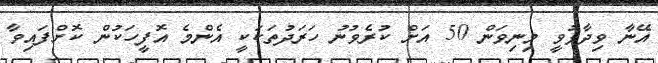
އޭނާ ވިދާޅުވީ މިނިވަން 50 އަށް ކުރެވުނު ހަރަދުތަކަކީ އެންމެ އޮފީހަކުން ކޮށްފައިވާ